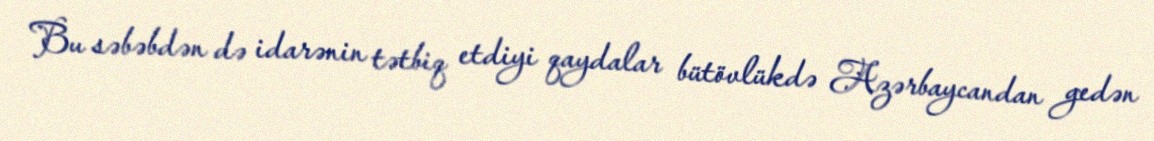
Bu səbəbdən də idarənin tətbiq etdiyi qaydalar bütövlükdə Azərbaycandan gedən